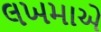
લખમાએ